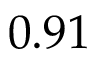
0 . 9 1